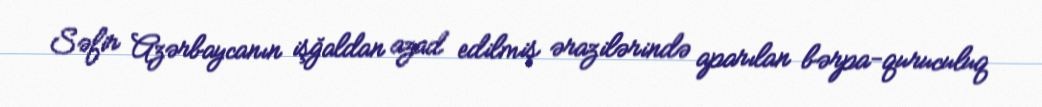
Səfir Azərbaycanın işğaldan azad edilmiş ərazilərində aparılan bərpa-quruculuq